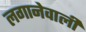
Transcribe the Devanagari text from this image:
लगानेवाली